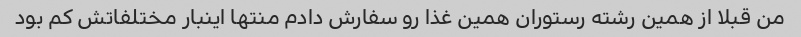
من قبلا از همین رشته رستوران همین غذا رو سفارش دادم منتها اینبار مختلفاتش کم بود